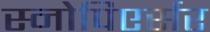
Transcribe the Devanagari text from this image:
स्नोपिएर्सर